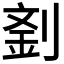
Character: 𠞑